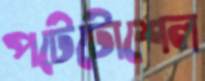
পটেটোশেল